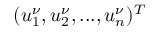
( u _ { 1 } ^ { \nu } , u _ { 2 } ^ { \nu } , . . . , u _ { n } ^ { \nu } ) ^ { T }